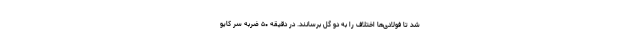
شد تا فولادی‌ها اختلاف را به دو گل برسانند. در دقیقه ۵۰ ضربه سر کایو